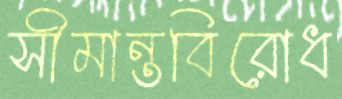
সীমান্তবিরোধ